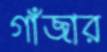
গাঁজার